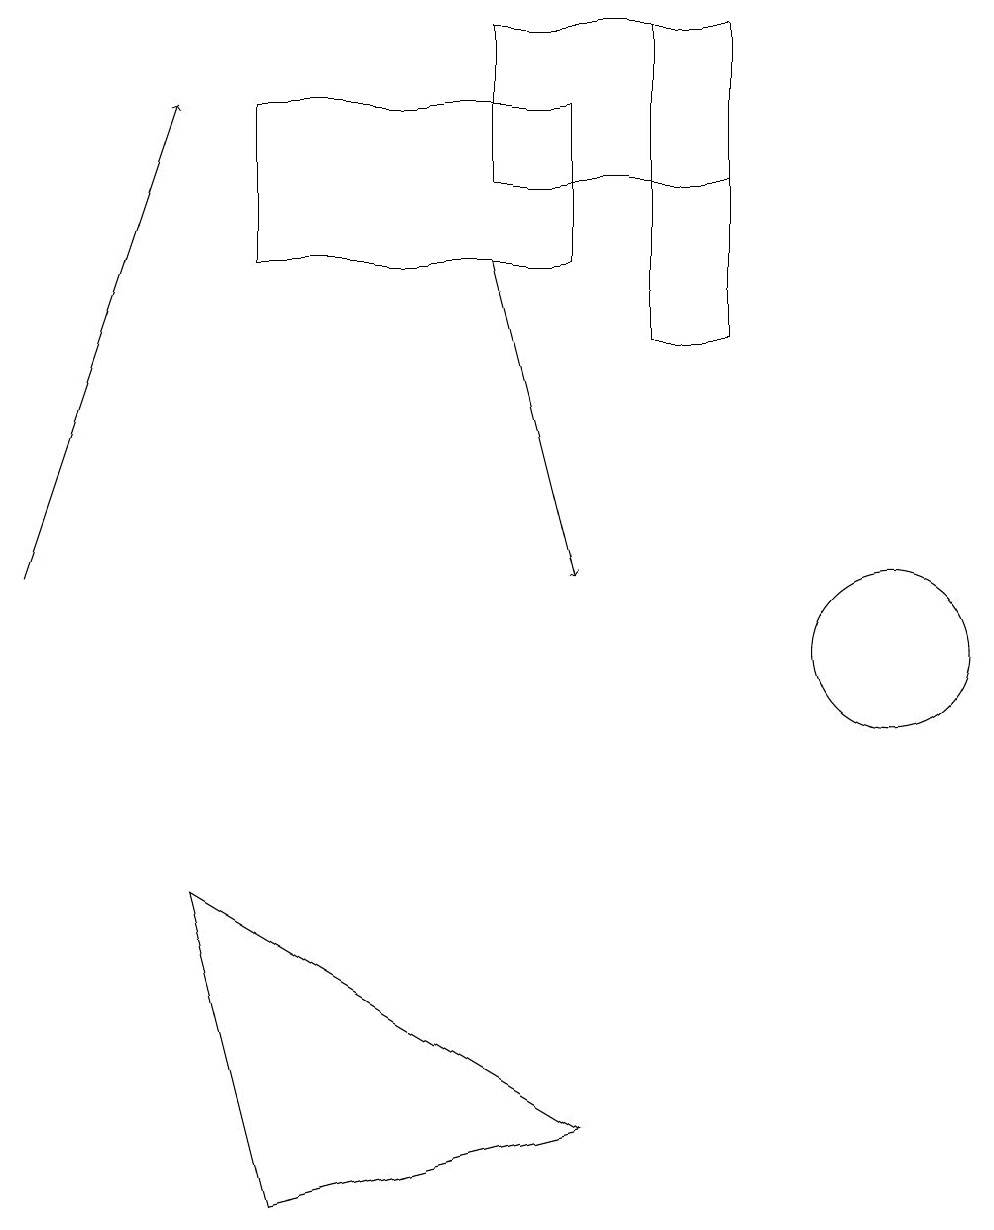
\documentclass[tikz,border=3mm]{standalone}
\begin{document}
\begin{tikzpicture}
\draw[->] (6,15) -- (7,11);
\draw (7,4) -- (2,7) -- (3,3) -- cycle;
\draw (3,15) rectangle (7,17);
\draw (11,10) circle (1);
\draw (9,18) rectangle (8,14);
\draw[->] (0,11) -- (2,17);
\draw (6,16) rectangle (9,18);
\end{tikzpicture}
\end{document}